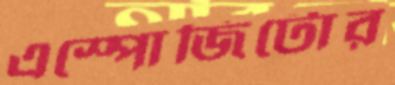
এস্পোজিটোর